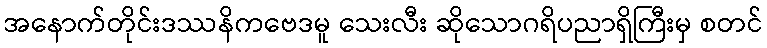
အနောက်တိုင်းဒဿနိကဗေဒမူ သေးလီး ဆိုသောဂရိပညာရှိကြီးမှ စတင်